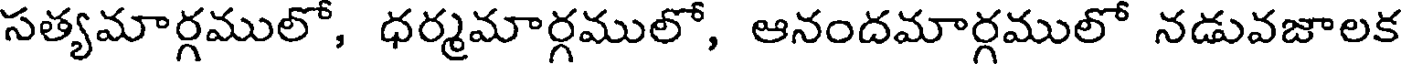
సత్యమార్గములో, ధర్మమార్గములో, ఆనందమార్గములో నడువజాలక